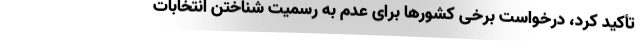
تأکید کرد، درخواست برخی کشورها برای عدم به رسمیت شناختن انتخابات